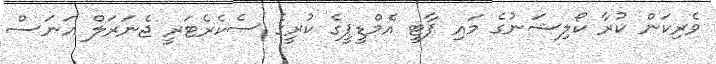
ވެރިކަން ކުރާ ކޯލިޝަނުގެ މައި ޕާޓީ އެމްޑީޕީގެ ކުރީގެ ސެކެރެޓަރީ ޖެނަރަލް އަނަސް